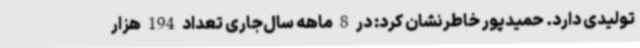
تولیدی دارد. حمیدپور خاطرنشان کرد: در 8 ماهه سال‌جاری تعداد 194 هزار